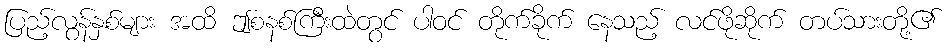
ပြည့်လွန်နှစ်များ အထိ ဤစနစ်ကြီးထဲတွင် ပါဝင် တိုက်ခိုက် နေသည့် လင်ဖိုဆိုက် တပ်သားတို့၏